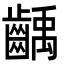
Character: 齲